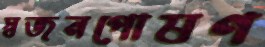
স্বজনপোষণ